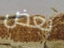
بعض